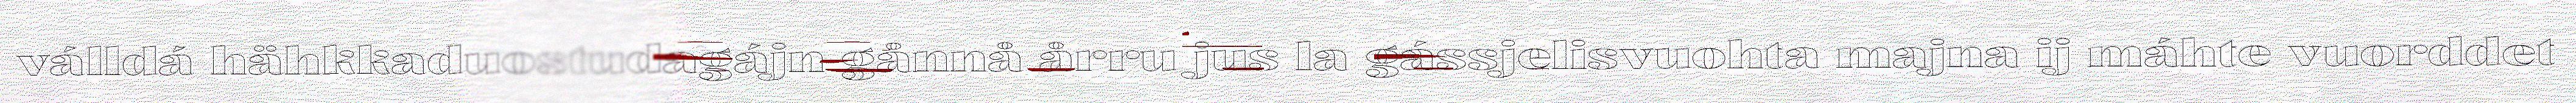
válldá hähkkaduostudagájn gånnå årru jus la gássjelisvuohta majna ij máhte vuorddet